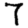
Digit: 7